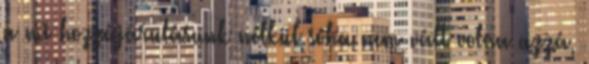
a mi hozzájárulásunk nélkül soha nem vált volna azzá,